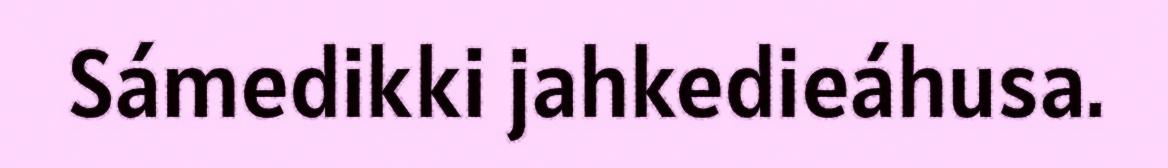
Sámedikki jahkedieáhusa.